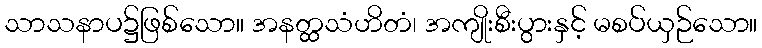
သာသနာပ၌ဖြစ်သော။ အနတ္ထသံဟိတံ၊ အကျိုးစီးပွားနှင့် မစပ်ယှဉ်သော။